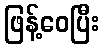
ဖြန့်ဝေပြီး